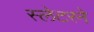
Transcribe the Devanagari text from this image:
स्लेटरने